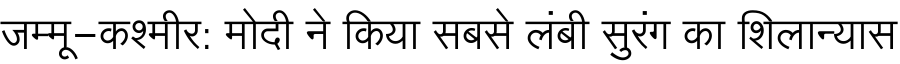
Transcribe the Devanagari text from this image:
जम्मू-कश्मीर: मोदी ने किया सबसे लंबी सुरंग का शिलान्यास